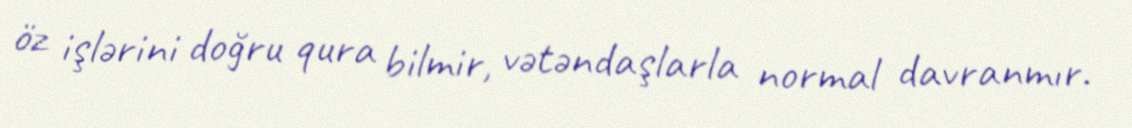
öz işlərini doğru qura bilmir, vətəndaşlarla normal davranmır.